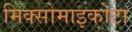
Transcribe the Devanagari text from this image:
मिक्सोमाइकोटा